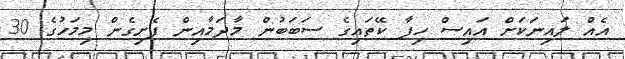
އެއް ލައިނަކަށް އައިސް ހިފާ ކޭތައިގެ ސަބަބުން މާދަމާއިން ފެށިގެން މިމަހުގެ 30